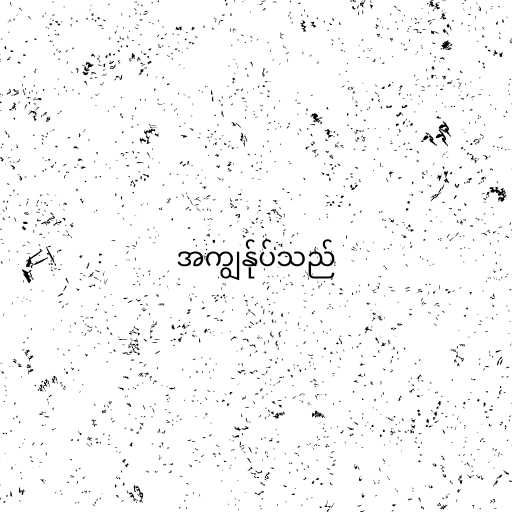
အကျွန်ုပ်သည်